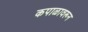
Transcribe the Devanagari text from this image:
कपाळावरून